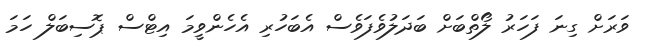
ވަރަށް ގިނަ ފަހަރު ލޯތްބަށް ބަދަލުވެފަވެސް އެބަހުރި އެހެންވީމަ އިޓްސް ޕޮސިބަލް ހަމަ